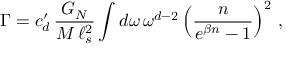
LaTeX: \Gamma = c _ { d } ^ { \prime } \, \frac { G _ { N } } { M \, \ell _ { s } ^ { 2 } } \int d \omega \, \omega ^ { d - 2 } \left( \frac { n } { e ^ { \beta n } - 1 } \right) ^ { 2 } \, ,